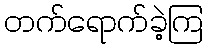
တက်ရောက်ခဲ့ကြ